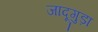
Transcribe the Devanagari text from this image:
जादूगुड़ा